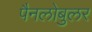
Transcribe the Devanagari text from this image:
पैनलोबुलर